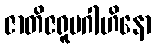
ဇာတိဇရူပဂါဟိနော